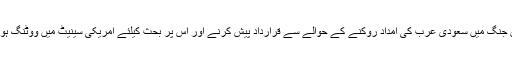
یمن جنگ میں سعودی عرب کی امداد روکنے کے حوالے سے قرارداد پیش کرنے اور اس پر بحث کیلئے امریکی سینیٹ میں ووٹنگ ہوئی۔